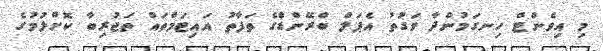
މި އިވެންޓް ހިނގަމުންދާ ވަގުތު އެޕަލް ބްރޭންޑްގެ ތަފާތު އައިޓަމްތައް ތަޖުރިބާ ކޮށްލުމުގެ